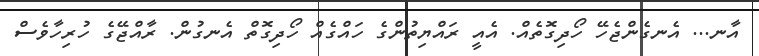
އާނ... އެނގެންޖެހޭ ހޯދިގޮތެއް. އެއީ ރައްޔިތުންގެ ހައްގެއް ހޯދިގޮތް އެނގުން. ރާއްޖޭގެ ހުރިހާވެސް